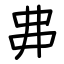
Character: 丳